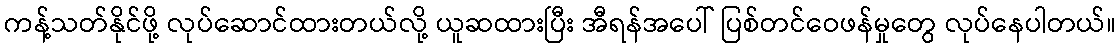
ကန့်သတ်နိုင်ဖို့ လုပ်ဆောင်ထားတယ်လို့ ယူဆထားပြီး အီရန်အပေါ် ပြစ်တင်ဝေဖန်မှုတွေ လုပ်နေပါတယ်။